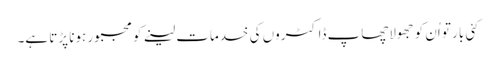
کئی بار تو اُن کو جھولاچھاپ ڈاکٹروں کی خدمات لینے کو مجبور ہونا پڑتا ہے۔